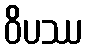
ဝိပဿ